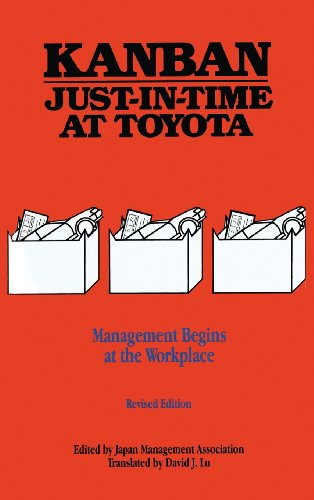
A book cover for Kanban for the Shopfloor Learning Package: Kanban Just-in Time at Toyota: Management Begins at the Workplace; Japan Management Association; Business & Money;